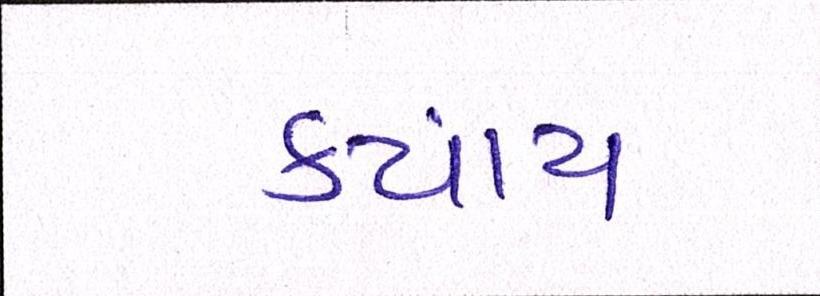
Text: કયાંય